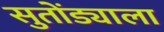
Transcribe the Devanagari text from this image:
सुतोंड्याला